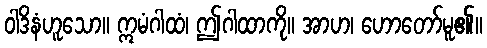
ဝါဒိနံဟူသော။ ဣမံဂါထံ၊ ဤဂါထာကို။ အာဟ၊ ဟောတော်မူ၏။